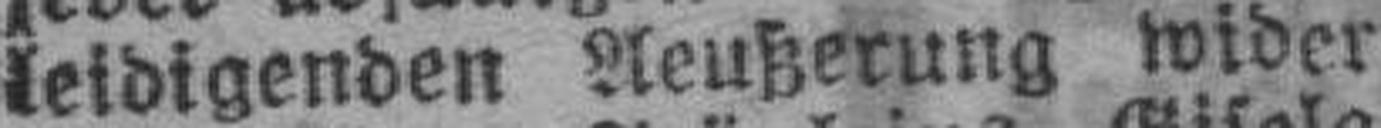
leidigenden Aeußerung wider